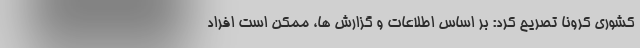
کشوری کرونا تصریح کرد: بر اساس اطلاعات و گزارش ها، ممکن است افراد